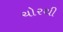
ચોરથી